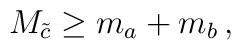
M_{\tilde{c}}\geq m_{a}+m_{b}\,,